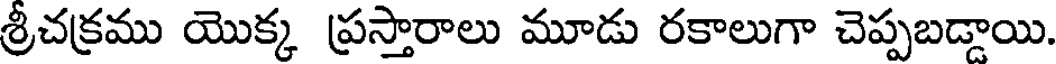
శ్రీచక్రము యొక్క ప్రస్తారాలు మూడు రకాలుగా చెప్పబడ్డాయి.